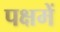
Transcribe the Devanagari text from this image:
पक्षमें